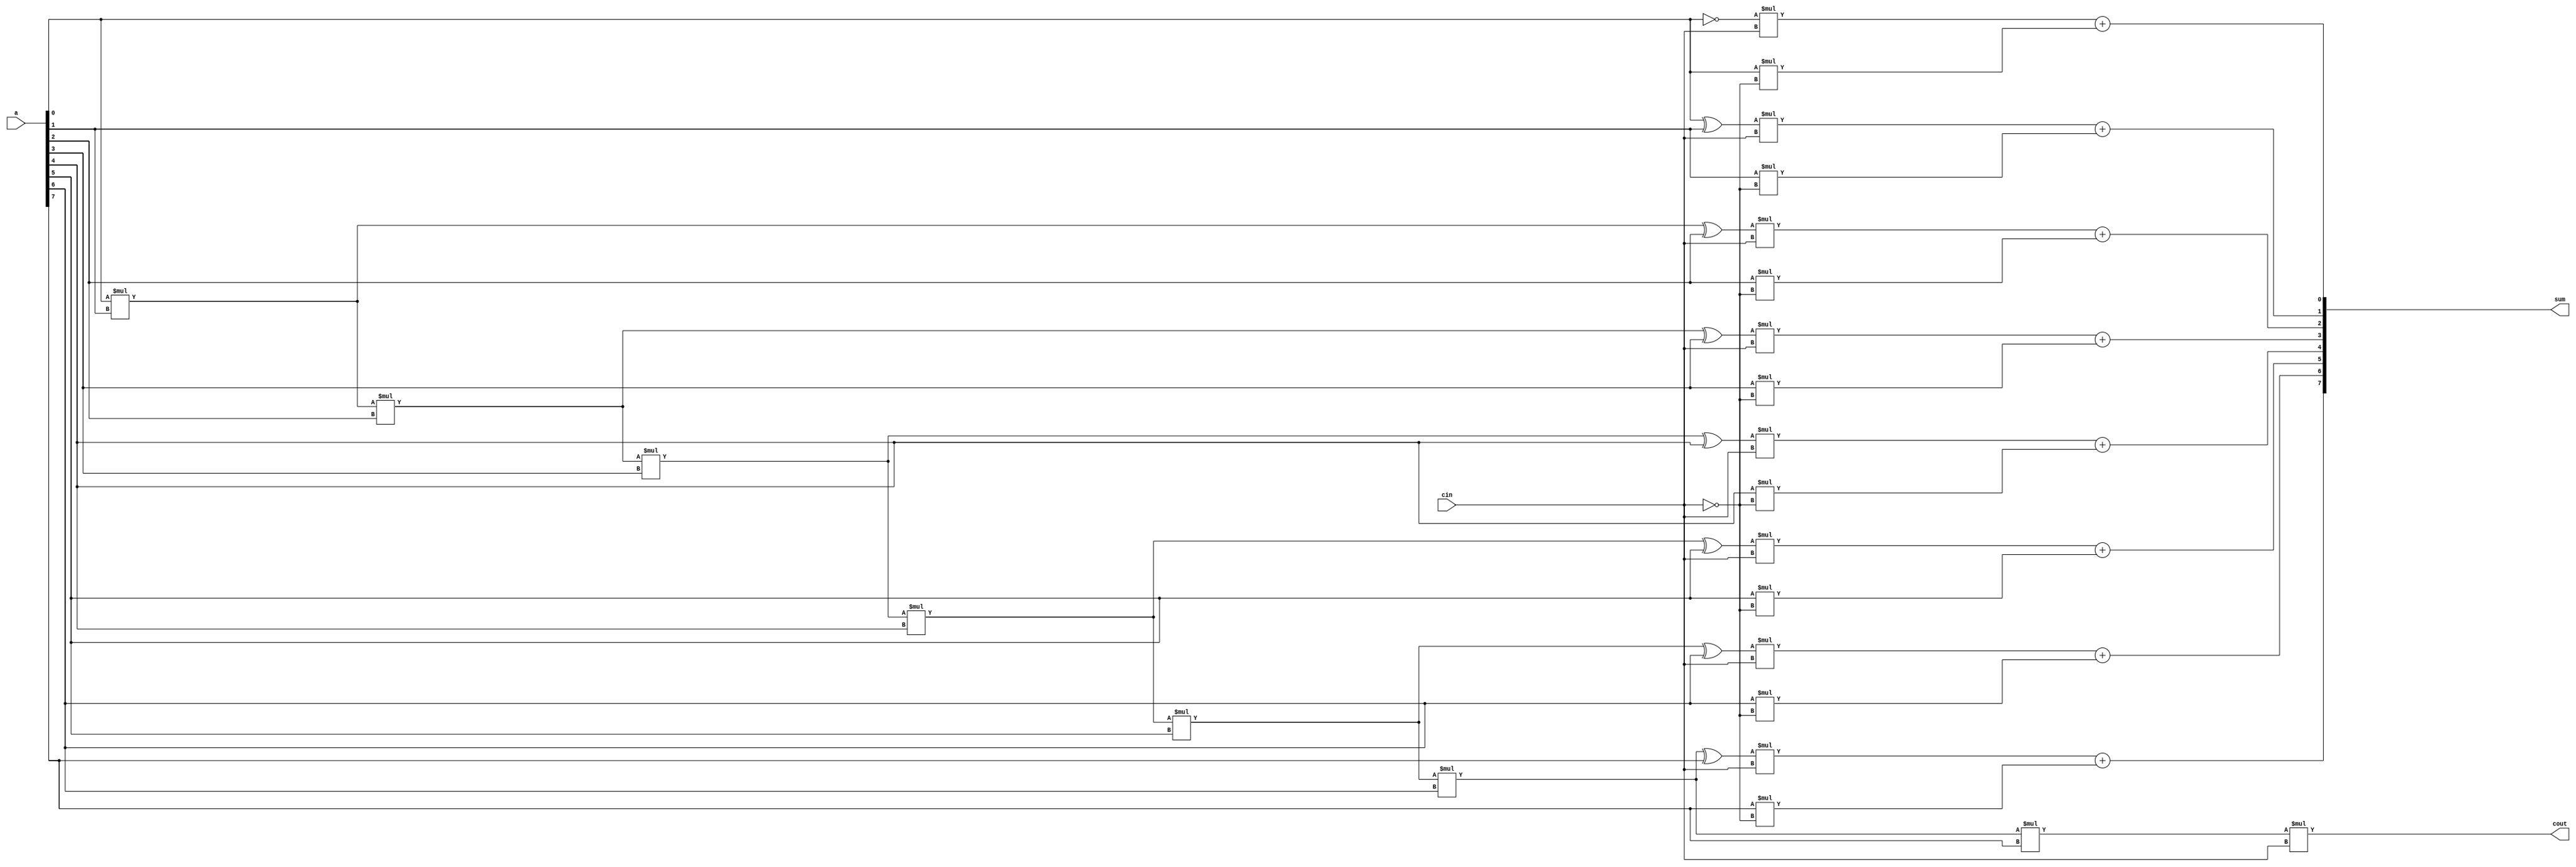
`timescale 1ns / 1ps
//////////////////////////////////////////////////////////////////////////////////
// Company: 
// Engineer: 
// 
// Design Name: 
// Module Name:    INCR2 
// Project Name: 
// Target Devices: 
// Tool versions: 
// Description: 
//
// Dependencies: 
//
// Revision: 
// Revision 0.01 - File Created
// Additional Comments: 
//
//////////////////////////////////////////////////////////////////////////////////
module INCR2(a,cin,sum,cout);

	// a,cin are the two inputs
	input [7:0] a; 
	input cin;
	
	// sum,cout	are the two outputs				
	output [7:0] sum;
	output cout;
	
	// incrementing 'a' if cin==1
	assign sum[0]=(~a[0])*cin+a[0]*(~cin);
	assign sum[1]=(a[0]^a[1])*cin+a[1]*(~cin);
	assign sum[2]=((a[0]*a[1])^a[2])*cin+a[2]*(~cin);
	assign sum[3]=((a[0]*a[1]*a[2])^a[3])*cin+a[3]*(~cin);
	assign sum[4]=((a[0]*a[1]*a[2]*a[3])^a[4])*cin+a[4]*(~cin);
	assign sum[5]=((a[0]*a[1]*a[2]*a[3]*a[4])^a[5])*cin+a[5]*(~cin);
	assign sum[6]=((a[0]*a[1]*a[2]*a[3]*a[4]*a[5])^a[6])*cin+a[6]*(~cin);
	assign sum[7]=((a[0]*a[1]*a[2]*a[3]*a[4]*a[5]*a[6])^a[7])*cin+a[7]*(~cin);
	assign cout=a[0]*a[1]*a[2]*a[3]*a[4]*a[5]*a[6]*a[7]*cin;


endmodule